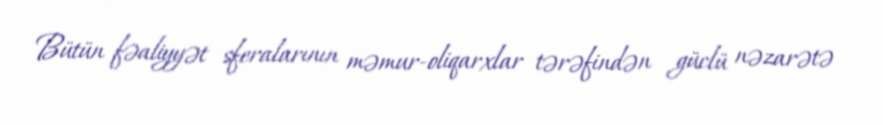
Bütün fəaliyyət sferalarının məmur-oliqarxlar tərəfindən güclü nəzarətə